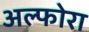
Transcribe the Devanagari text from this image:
अल्फोरा